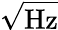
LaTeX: \mathrm{\sqrt{Hz}}